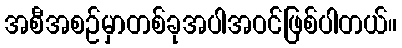
အစီအစဉ်မှာတစ်ခုအပါအဝင်ဖြစ်ပါတယ်။